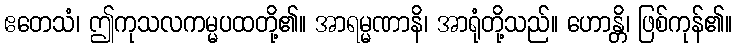
ဧတေသံ၊ ဤကုသလကမ္မပထတို့၏။ အာရမ္မဏာနိ၊ အာရုံတို့သည်။ ဟောန္တိ၊ ဖြစ်ကုန်၏။